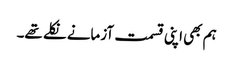
ہم بھی اپنی قسمت آزمانے نکلے تھے۔